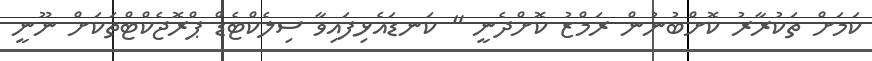
ކަމަަަށް ތަކުރާރު ކޮށްބުނުން ރަމްޒު ކޮށްދެނީ " ކަނޑައެޅިފައިވާ ސިލެކްޓެޑް ޕްރޮޖެކްޓްތަކަށް ނޫނީ